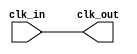
module ClockBuffer (
    input wire clk_in,   // Clock input
    output wire clk_out  // Buffered clock output
);

    // Internal signal for buffered output
    wire clk_buf;

    // Buffer the input clock
    assign clk_buf = clk_in;

    // Drive output with buffered clock
    assign clk_out = clk_buf;

endmodule